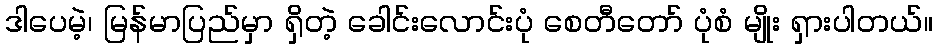
ဒါပေမဲ့၊ မြန်မာပြည်မှာ ရှိတဲ့ ခေါင်းလောင်းပုံ စေတီတော် ပုံစံ မျိုး ရှားပါတယ်။